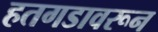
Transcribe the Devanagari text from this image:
हतगडावरून